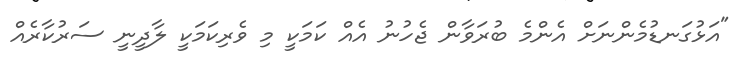
"އަޅުގަނޑުމެންނަށް އެންމެ ބުރަވާން ޖެހުނު އެއް ކަމަކީ މި ވެރިކަމަކީ ލާދީނީ ސަރުކާރެއް